Lunatic asylums Punjab 1895-1910 - 1895-1910
Year: 1895
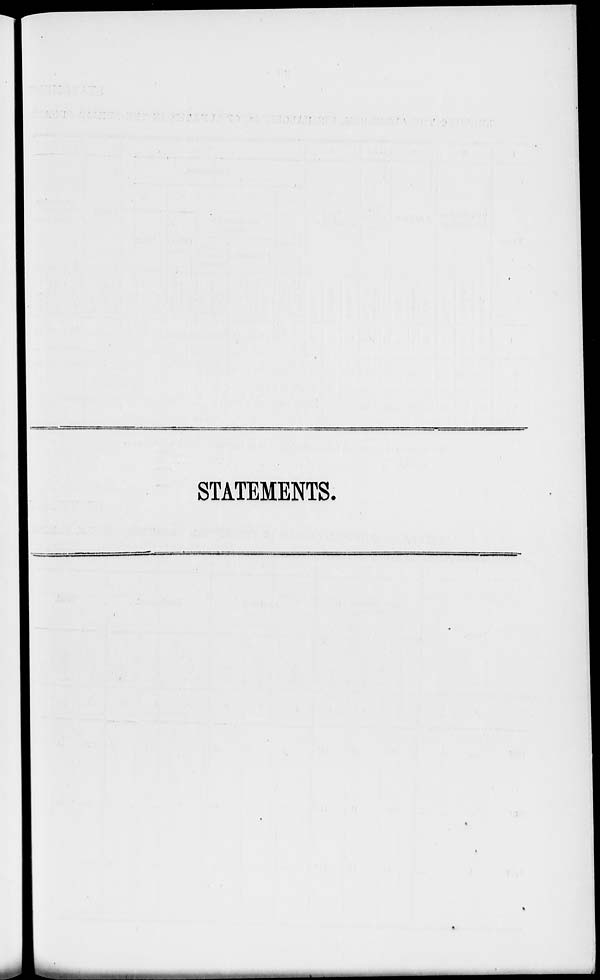
STATEMENTS.